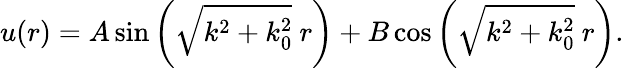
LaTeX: u(r)=A\sin\left(\sqrt{k^{2}+k_{0}^{2}}\ r\right)+B\cos\left(\sqrt{k^{2}+k_{0}^{2}}\ r\right).